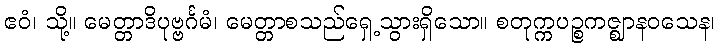
ဧဝံ၊ သို့။ မေတ္တာဒိပုဗ္ဗင်္ဂမံ၊ မေတ္တာစသည်ရှေ့သွားရှိသော။ စတုက္ကပဉ္စကဇ္ဈာနဝသေန၊